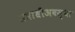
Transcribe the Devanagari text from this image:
समाधीअवस्था